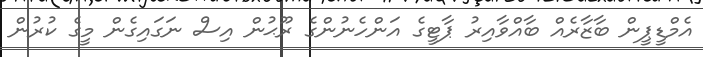
އެމްޑީޕީން ބާޒާރެއް ބާއްވާއިރު ޕާޓީގެ އަންހެނުންގެ ރޫޙުން އިސް ނަގައިގެން މީގެ ކުރުން